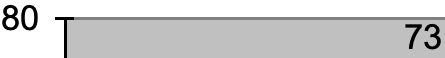
80 73